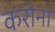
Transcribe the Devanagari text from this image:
करोना